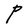
Character: P